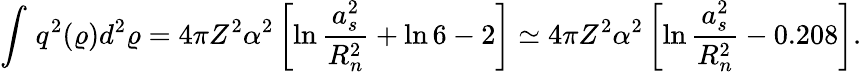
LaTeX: \displaystyle{\int_{}^{}q^{2}(\varrho)d^{2}\varrho=4\pi Z^{2}\alpha^{2}\left[\ln\frac{a_{s}^{2}}{R_{n}^{2}}+\ln 6-2\right]\simeq 4\pi Z^{2}\alpha^{2}\left[\ln\frac{a_{s}^{2}}{R_{n}^{2}}-0.208\right]}.